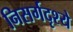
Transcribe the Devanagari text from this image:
निसर्गदृश्ये